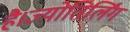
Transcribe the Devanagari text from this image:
है।ज्योतिर्लिंग